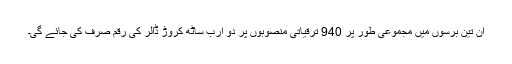
ان تین برسوں میں مجموعی طور پر 940 ترقیاتی منصوبوں پر دو ارب ساٹھ کروڑ ڈالر کی رقم صرف کی جائے گی۔